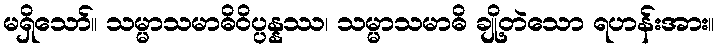
မရှိသော်။ သမ္မာသမာဓိဝိပ္ပန္နဿ၊ သမ္မာသမာဓိ ချို့တဲသော ရဟန်းအား။